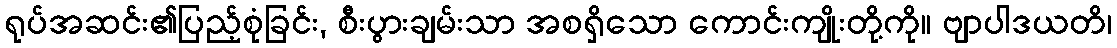
ရုပ်အဆင်း၏ပြည့်စုံခြင်း, စီးပွားချမ်းသာ အစရှိသော ကောင်းကျိုးတို့ကို။ ဗျာပါဒယတိ၊